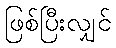
ဖြစ်ပြီးလျှင်